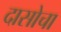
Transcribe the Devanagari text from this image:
दासोचा